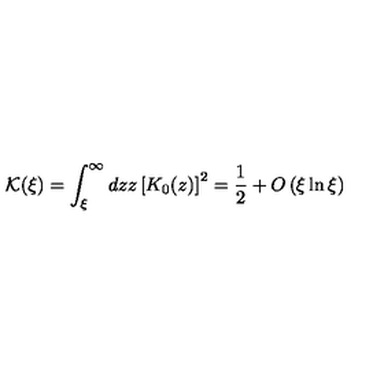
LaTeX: { \mathcal K } ( \xi ) = \int _ { \xi } ^ { \infty } d z z \left[ K _ { 0 } ( z ) \right] ^ { 2 } = \frac { 1 } { 2 } + O \left( \xi \ln \xi \right)